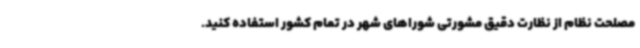
مصلحت نظام از نظارت دقیق مشورتی شوراهای شهر در تمام کشور استفاده کنید.